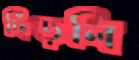
ছিঁড়লি